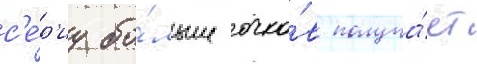
с'е́р'иу бо́льше очко́в получа́ет